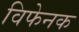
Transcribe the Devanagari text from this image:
विफेनक